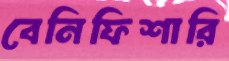
বেনিফিশারি